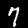
Label: 7